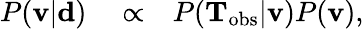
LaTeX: \begin{array}{rlr}{P({\mathbf v}|\mathbf{d})}&{{}\propto}&{P(\mathbf{T}_{\mathrm{obs}}|{\mathbf v})P({\mathbf v}),}\end{array}